Report on vaccination in the Province of Bengal - 1869-1873
Year: 1869
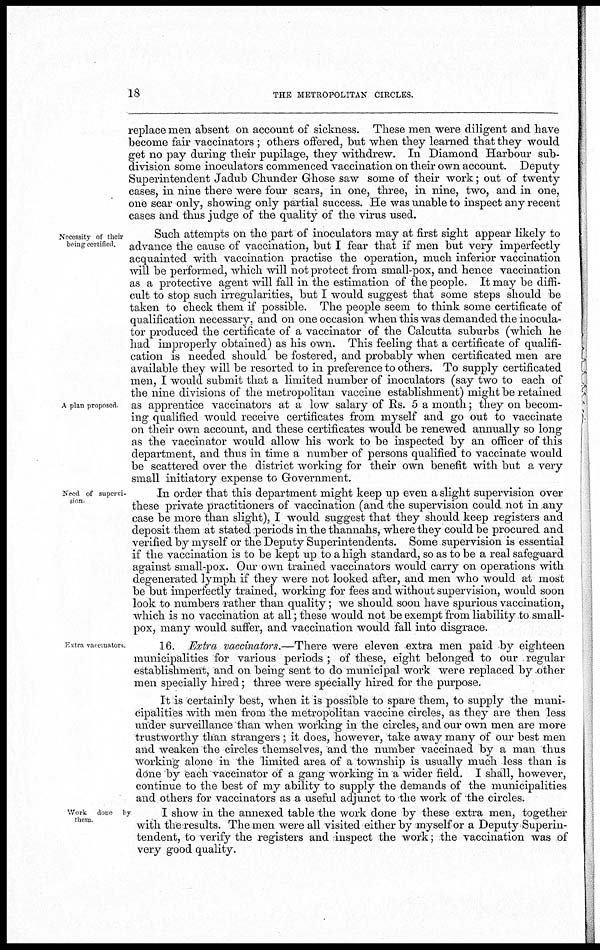
18
THE METROPOLITAN CIRCLES.
replace men absent on account of sickness. These men were diligent and have
become fair vaccinators ; others offered, but when they learned that they would
get no pay during their pupilage, they withdrew. In Diamond Harbour sub-
division some inoculators commenced vaccination on their own account. Deputy
Superintendent Jadub Chunder Ghose saw some of their work; out of twenty
cases, in nine there were four scars, in one, three, in nine, two, and in one,
one scar only, showing only partial success. He was unable to inspect any recent
cases and thus judge of the quality of the virus used.
Necessity of their
being certified.
A plan proposed
Such attempts on the part of inoculators may at first sight appear likely to
advance the cause of vaccination, but I fear that if men but very imperfectly
acquainted with vaccination practise the operation, much inferior vaccination
will be performed, which will not protect from small-pox, and hence vaccination
as a protective agent will fall in the estimation of the people. It may be diffi-
cult to stop such irregularities, but I would suggest that some steps should be
taken to check them if possible. The people seem to think some certificate of
qualification necessary, and on one occasion when this was demanded the inocula-
tor produced the certificate of a vaccinator of the Calcutta suburbs (which he
had improperly obtained) as his own. This feeling that a certificate of qualifi-
cation is needed should be fostered, and probably when certificated men are
available they will be resorted to in preference to others. To supply certificated
men, I would submit that a limited number of inoculators (say two to each of
the nine divisions of the metropolitan vaccine establishment) might be retained
as apprentice vaccinators at a low salary of Rs. 5 a month; they on becom-
ing qualified would receive certificates from myself and go out to vaccinate
on their own account, and these certificates would be renewed annually so long
as the vaccinator would allow his work to be inspected by an officer of this
department, and thus in time a number of persons qualified to vaccinate would
be scattered over the district working for their own benefit with but a very
small initiatory expense to Government.
Need of supervi-
sion
In order that this department might keep up even a slight supervision over
these private practitioners of vaccination (and the supervision could not in any
case be more than slight), I would suggest that they should keep registers and
deposit them at stated periods in the thannahs, where they could be procured and
verified by myself or the Deputy Superintendents. Some supervision is essential
if the vaccination is to be kept up to a high standard, so as to be a real safeguard
against small-pox. Our own trained vaccinators would carry on operations with
degenerated lymph if they were not looked after, and men who would at most
be but imperfectly trained, working for fees and without supervision, would soon
look to numbers rather than quality; we should soon have spurious vaccination,
which is no vaccination at all; these would not be exempt from liability to small-
pox, many would suffer, and vaccination would fall into disgrace.
Extra vaccinators
16. Extra vaccinators.— There were eleven extra men paid by eighteen
municipalities for various periods ; of these, eight belonged to our regular
establishment, and on being sent to do municipal work were replaced by other
men specially hired; three were specially hired for the purpose.
It is certainly best, when it is possible to spare them, to supply the muni-
cipalities with men from the metropolitan vaccine circles, as they are then less
under surveillance than when working in the circles, and our own men are more
trustworthy than strangers ; it does, however, take away many of our best men
and weaken the circles themselves, and the number vaccinaed by a man thus
working alone in the limited area of a township is usually much less than is
done by each vaccinator of a gang working in a wider field. I shall, however,
continue to the best of my ability to supply the demands of the municipalities
and others for vaccinators as a useful adjunct to the work of the circles.
Work done by
them.
I show in the annexed table the work done by these extra men, together
with the results. The men were all visited either by myself or a Deputy Superin-
tendent, to verify the registers and inspect the work; the vaccination was of
very good quality.